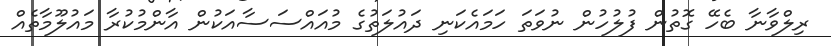
ރިލްވާނާ ބެހޭ ގޮތުން ފުލުހުން ނުވަތަ ހަމައެކަނި ދައުލަތުގެ މުއައްސަސާއަކުން އާންމުކުރާ މައުލޫމާތެއް